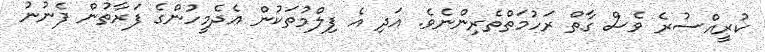
ކުރީއްސުރެ ވެސް ގާތް ރަހުމަތްތެރިންނެވެ. އަދި އެ ފިލްމުތަކުން އެދެމީހުންގެ ފަރާތުން ފެނުނު